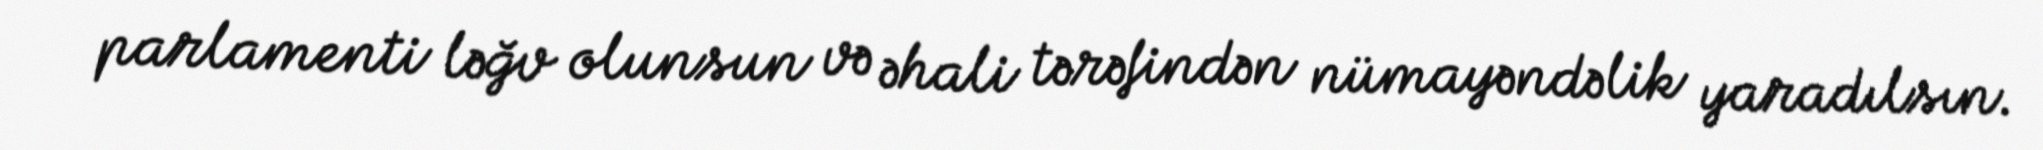
parlamenti ləğv olunsun və əhali tərəfindən nümayəndəlik yaradılsın.